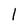
Character: l